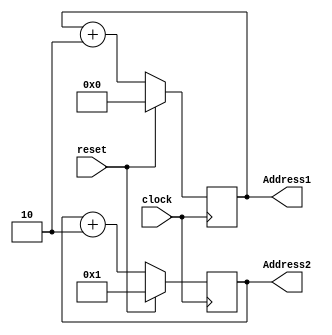
//`timescale 1ns/10ps
module Controller (clock,reset,
		   Address1, Address2
		  );
		  
 	input clock, reset;
 	
 	output  [7:0] 	Address1;
 	output  [7:0] 	Address2;
 	
 	reg 	[7:0] 	Address1;		  
 	reg 	[7:0] 	Address2;		  
	
	always@(posedge clock) begin
	  	if (reset) begin
	  		Address1 <= 0;
	  		Address2 <= 1;
	  	end
	  	else  begin
	  		Address1 <= Address1 + 7'd2;
	  		Address2 <= Address2 + 7'd2;
	  	end
	end 

endmodule